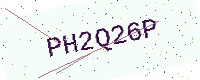
Text: PH2Q26P